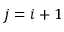
j = i + 1